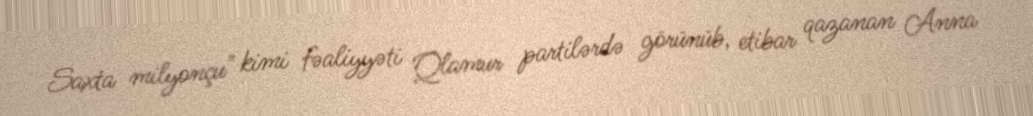
Saxta milyonçu" kimi fəaliyyəti Qlamur partilərdə görünüb, etibar qazanan Anna